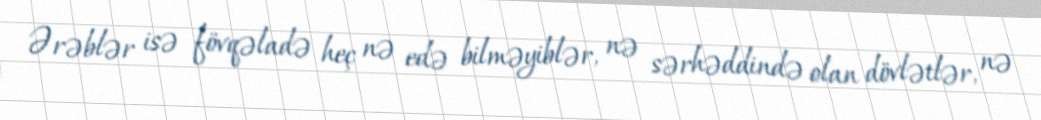
Ərəblər isə fövqəladə heç nə edə bilməyiblər, nə sərhəddində olan dövlətlər, nə